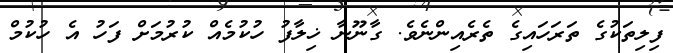
ފިލިތަކުގެ ތަރަހައިގެ ތެރެއިންނެވެ. ގާނޫނާ ޚިލާފު ހުކުމެއް ކުރުމަށް ފަހު އެ ހުކުމް